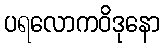
ပရလောကဝိဒုနော